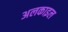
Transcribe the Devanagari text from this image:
अलकाइल